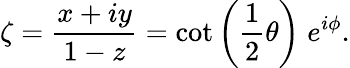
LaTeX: \zeta={\frac{x+iy}{1-z}}=\cot\left({\frac{1}{2}}\theta\right)\; e^{i\phi}.